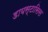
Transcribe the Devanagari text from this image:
डायस्टासिस